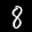
Label: 8